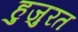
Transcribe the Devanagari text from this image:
हुजुरत